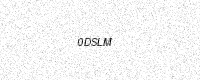
Text: 0DSLM